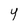
Character: y